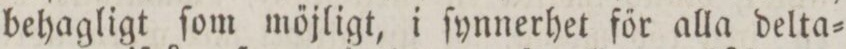
behagligt ſom mőjligt, i ſynnerhet főr alla delta=